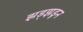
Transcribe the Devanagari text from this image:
झड्झडून